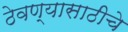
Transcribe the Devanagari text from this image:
ठेवण्यासाठीचे